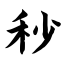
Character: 秒